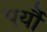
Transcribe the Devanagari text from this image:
पर्यौ